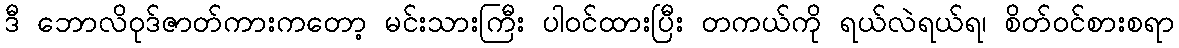
ဒီ ဘောလိဝုဒ်ဇာတ်ကားကတော့ မင်းသားကြီး ပါဝင်ထားပြီး တကယ်ကို ရယ်လဲရယ်ရ၊ စိတ်ဝင်စားစရာ